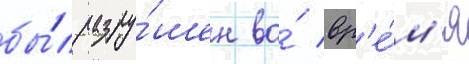
бы́л разру́шен во́ вр'е́м'я